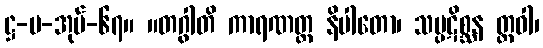
ဋ္ဌ-မ-အုပ်-၆၇။ ။တဂွါတိ ကာရဏတ္ထ နိပါတော၊ သမ္ပဋိစ္ဆန တ္ထဝါ၊